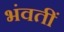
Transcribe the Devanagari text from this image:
भंवतीं